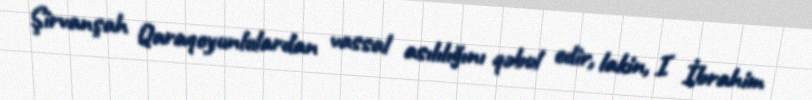
Şirvanşah Qaraqoyunlulardan vassal asılılığını qəbul edir, lakin, I İbrahim